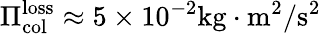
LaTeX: \Pi_{\mathrm{col}}^{\mathrm{loss}}\approx 5\times 10^{-2}\mathrm{kg\cdot m^{2}/s^{2}}